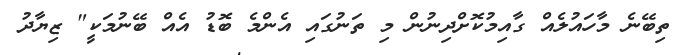
ތިބޭނެ މާހައުލެއް ގާއިމުކޮށްދިނުން މި ތަނުގައި އެންމެ ބޮޑު އެއް ބޭނުމަކީ" ޒިޔާދު